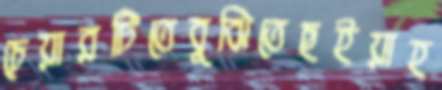
চেয়ারটিতেবুঝিতেছইয়াহ